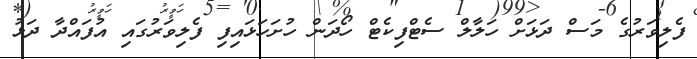
ފެލިވަރުގެ މަސް ދަޅަށް ހަލާލް ސެޓްފިކެޓް ހޯދަން ހުށަހަޅައިފި ފެލިވަރުގައި އުފައްދާ ދަޅު